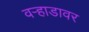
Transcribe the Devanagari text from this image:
वऱ्हाडावर